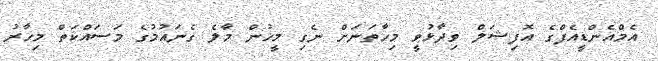
އެމްއެންޑީއެފްގެ އޮފިޝަލް ވިދާޅުވީ މިހާތަނަށް ނެގި މީހުން މާލެ ގެނައުމުގެ މަސައްކަތް މިހާރު